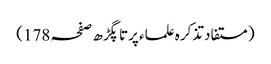
(مستفاد تذکرہ علماء پرتاپگڑھ صفحہ 178)